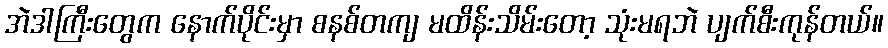
အဲဒါကြီးတွေက နောက်ပိုင်းမှာ စနစ်တကျ မထိန်းသိမ်းတော့ သုံးမရဘဲ ပျက်စီးကုန်တယ်။